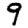
Digit: 9